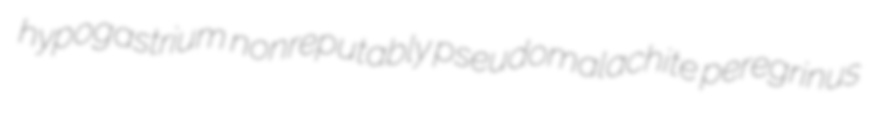
hypogastrium nonreputably pseudomalachite peregrinus